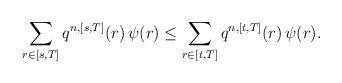
LaTeX: \begin{align*} \sum_{r\in[s,T]}q^{n,[s,T]}(r)\,\psi(r) \leq \sum_{r\in[t,T]}q^{n,[t,T]}(r)\,\psi(r). \end{align*}